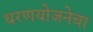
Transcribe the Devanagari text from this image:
धरणयोजनेचा